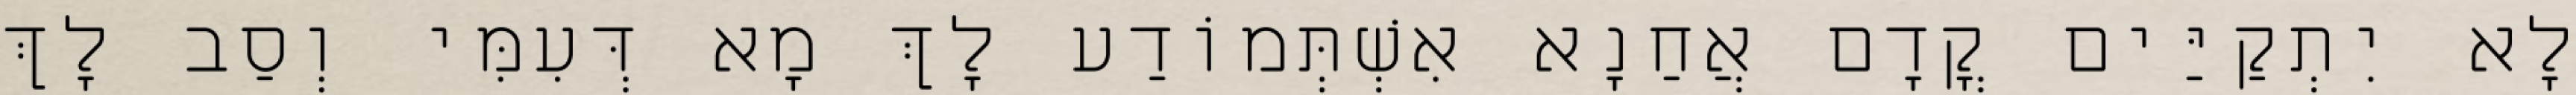
לָא יִתְקַיַּים קֳדָם אֲחַנָא אִשְׁתְּמוֹדַע לָךְ מָא דְּעִמִּי וְסַב לָךְ